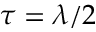
\tau = \lambda / 2